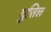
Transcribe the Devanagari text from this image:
गुत्तिल